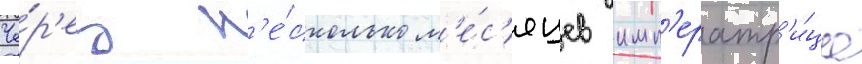
Че́р'ез н'е́сколько м'е́с'яцев имп'ератр'и́ца